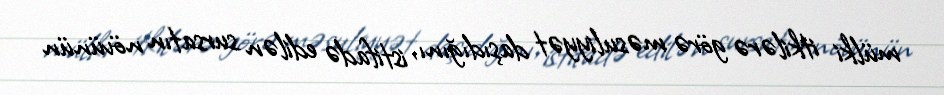
mülki itkilərə görə məsuliyyət daşıdığını, istifadə edilən sursatın növünün